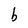
Character: b